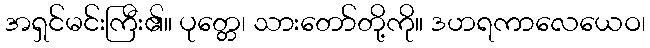
အရှင်မင်းကြီး၏။ ပုတ္တေ၊ သားတော်တို့ကို။ ဒဟရကာလေယေဝ၊